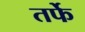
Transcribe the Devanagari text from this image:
तर्फेे